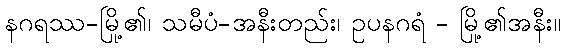
နဂရဿ-မြို့၏၊ သမီပံ-အနီးတည်း၊ ဥပနဂရံ - မြို့၏အနီး။